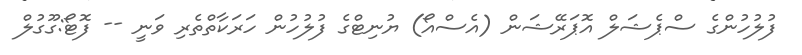
ފުލުހުންގެ ސްޕެޝަލް އޮޕަރޭޝަން (އެސްއޯ) ޔުނިޓްގެ ފުލުހުން ހަރަކާތްތެރި ވަނީ -- ފޮޓޯ:ގޫގުލް